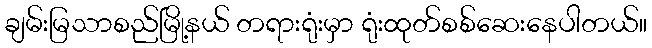
ချမ်းမြသာစည်မြို့နယ် တရားရုံးမှာ ရုံးထုတ်စစ်ဆေးနေပါတယ်။